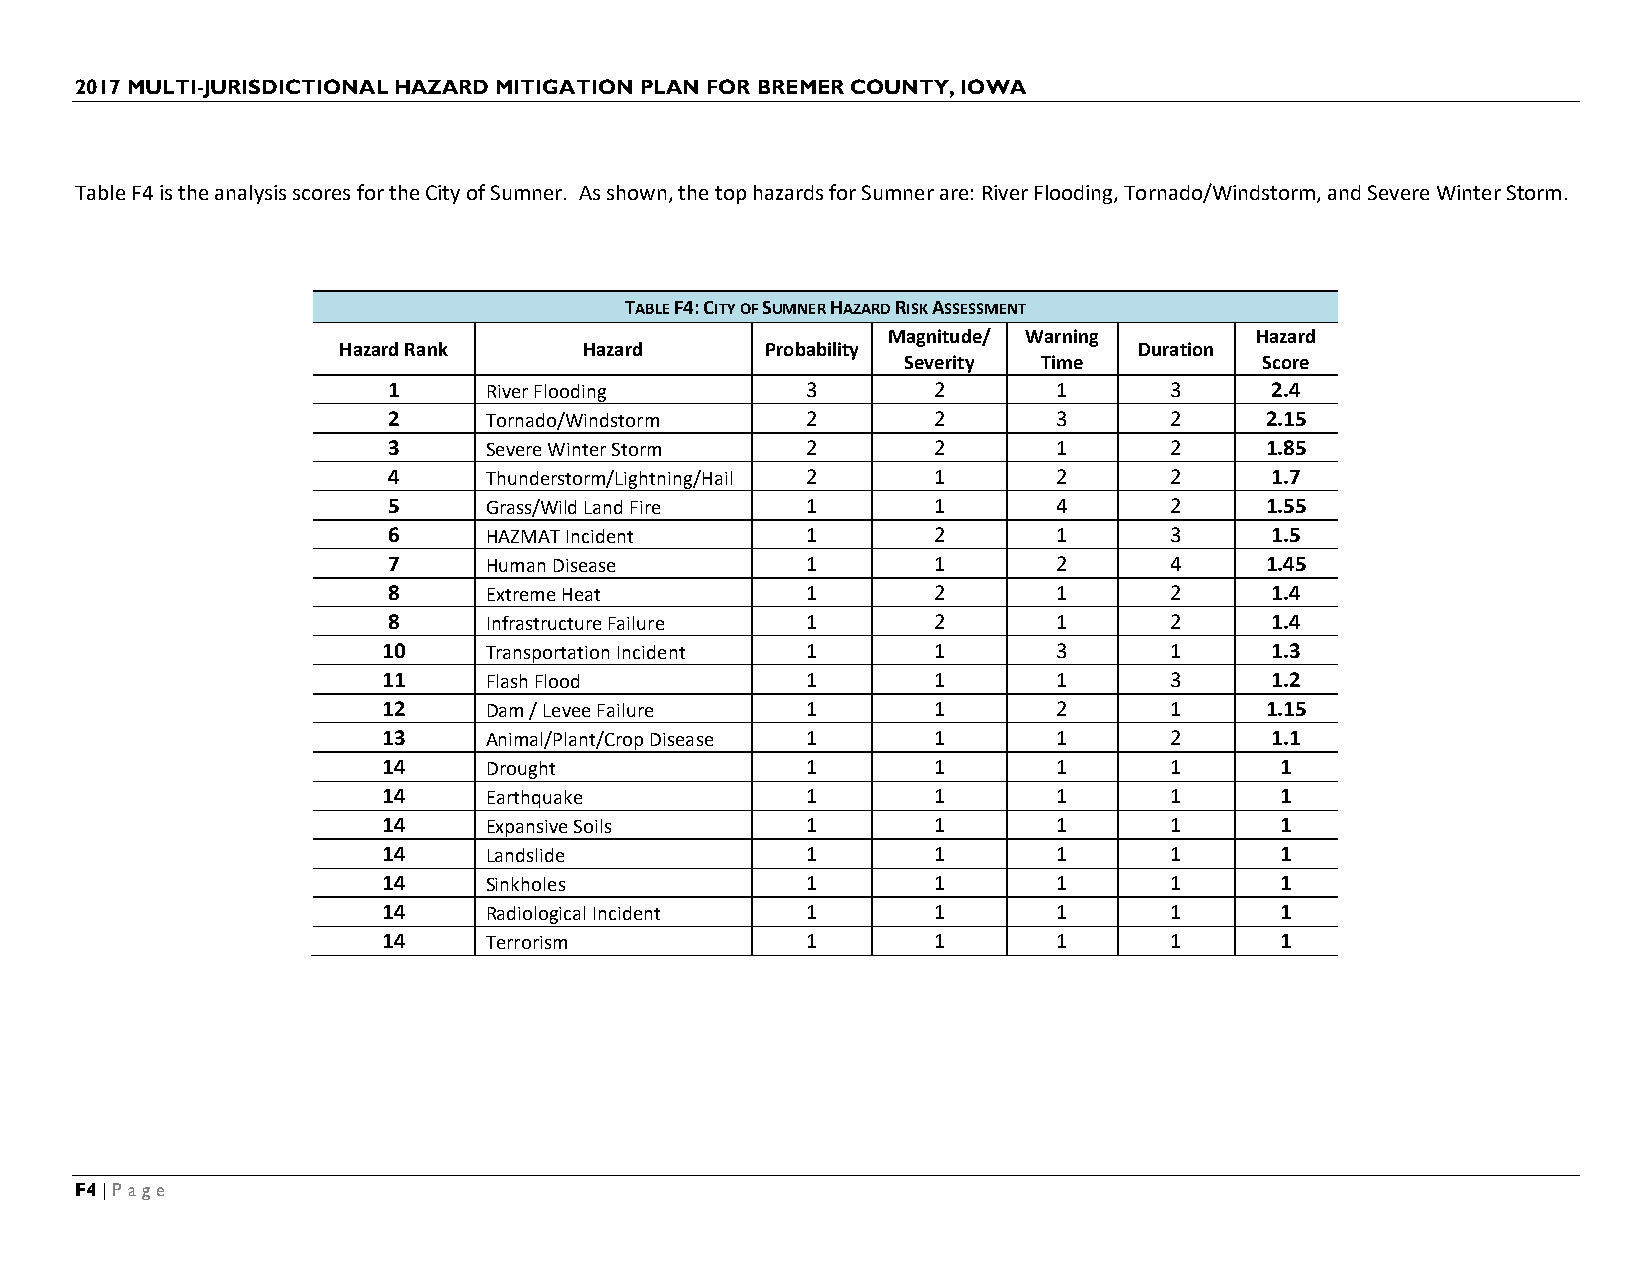
2017 MULTI-JURISDICTIONAL HAZARD MITIGATION PLAN FOR BREMER COUNTY, IOWA
 Table F4 is the analysis scores for the City of Sumner. As shown, the top hazards for Sumner are: River Flooding, Tornado/Windstorm, and Severe Winter Storm.
 TABLE F4: CITY OF SUMNER HAZARD RISK ASSESSMENT
 Magnitude/ Warning      Hazard
 Hazard Rank      Hazard      Probability             Duration
 Severity Time           Score
 1     River Flooding       3        2       1      3      2.4
 2     Tornado/Windstorm    2        2       3      2      2.15
 3     Severe Winter Storm  2        2       1      2      1.85
 4     Thunderstorm/Lightning/Hail 2 1       2      2      1.7
 5     Grass/Wild Land Fire 1        1       4      2      1.55
 6     HAZMAT Incident      1        2       1      3      1.5
 7     Human Disease        1        1       2      4      1.45
 8     Extreme Heat         1        2       1      2      1.4
 8     Infrastructure Failure 1      2       1      2      1.4
 10     Transportation Incident 1     1       3      1      1.3
 11     Flash Flood          1        1       1      3      1.2
 12     Dam / Levee Failure  1        1       2      1      1.15
 13     Animal/Plant/Crop Disease 1   1       1      2      1.1
 14     Drought              1        1       1      1       1
 14     Earthquake           1        1       1      1       1
 14     Expansive Soils      1        1       1      1       1
 14     Landslide            1        1       1      1       1
 14     Sinkholes            1        1       1      1       1
 14     Radiological Incident 1       1       1      1       1
 14     Terrorism            1        1       1      1       1
 F4 | Page